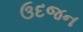
ઉદજન